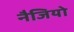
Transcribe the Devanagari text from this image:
नैजियो